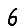
Digit: 6